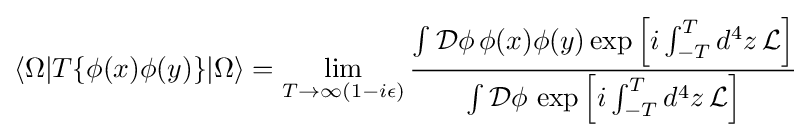
\langle \Omega |T\{\phi (x)\phi (y)\}|\Omega \rangle =\lim _{T\to \infty (1-i\epsilon )}{\frac {\int {\mathcal {D}}\phi \,\phi (x)\phi (y)\exp \left[i\int _{-T}^{T}d^{4}z\,{\mathcal {L}}\right]}{\int {\mathcal {D}}\phi \,\exp \left[i\int _{-T}^{T}d^{4}z\,{\mathcal {L}}\right]}}